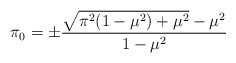
\begin{align*}\pi_0=\pm\frac{\sqrt{\pi^2(1-\mu^2)+\mu^2}-\mu^2}{1-\mu^2}\end{align*}